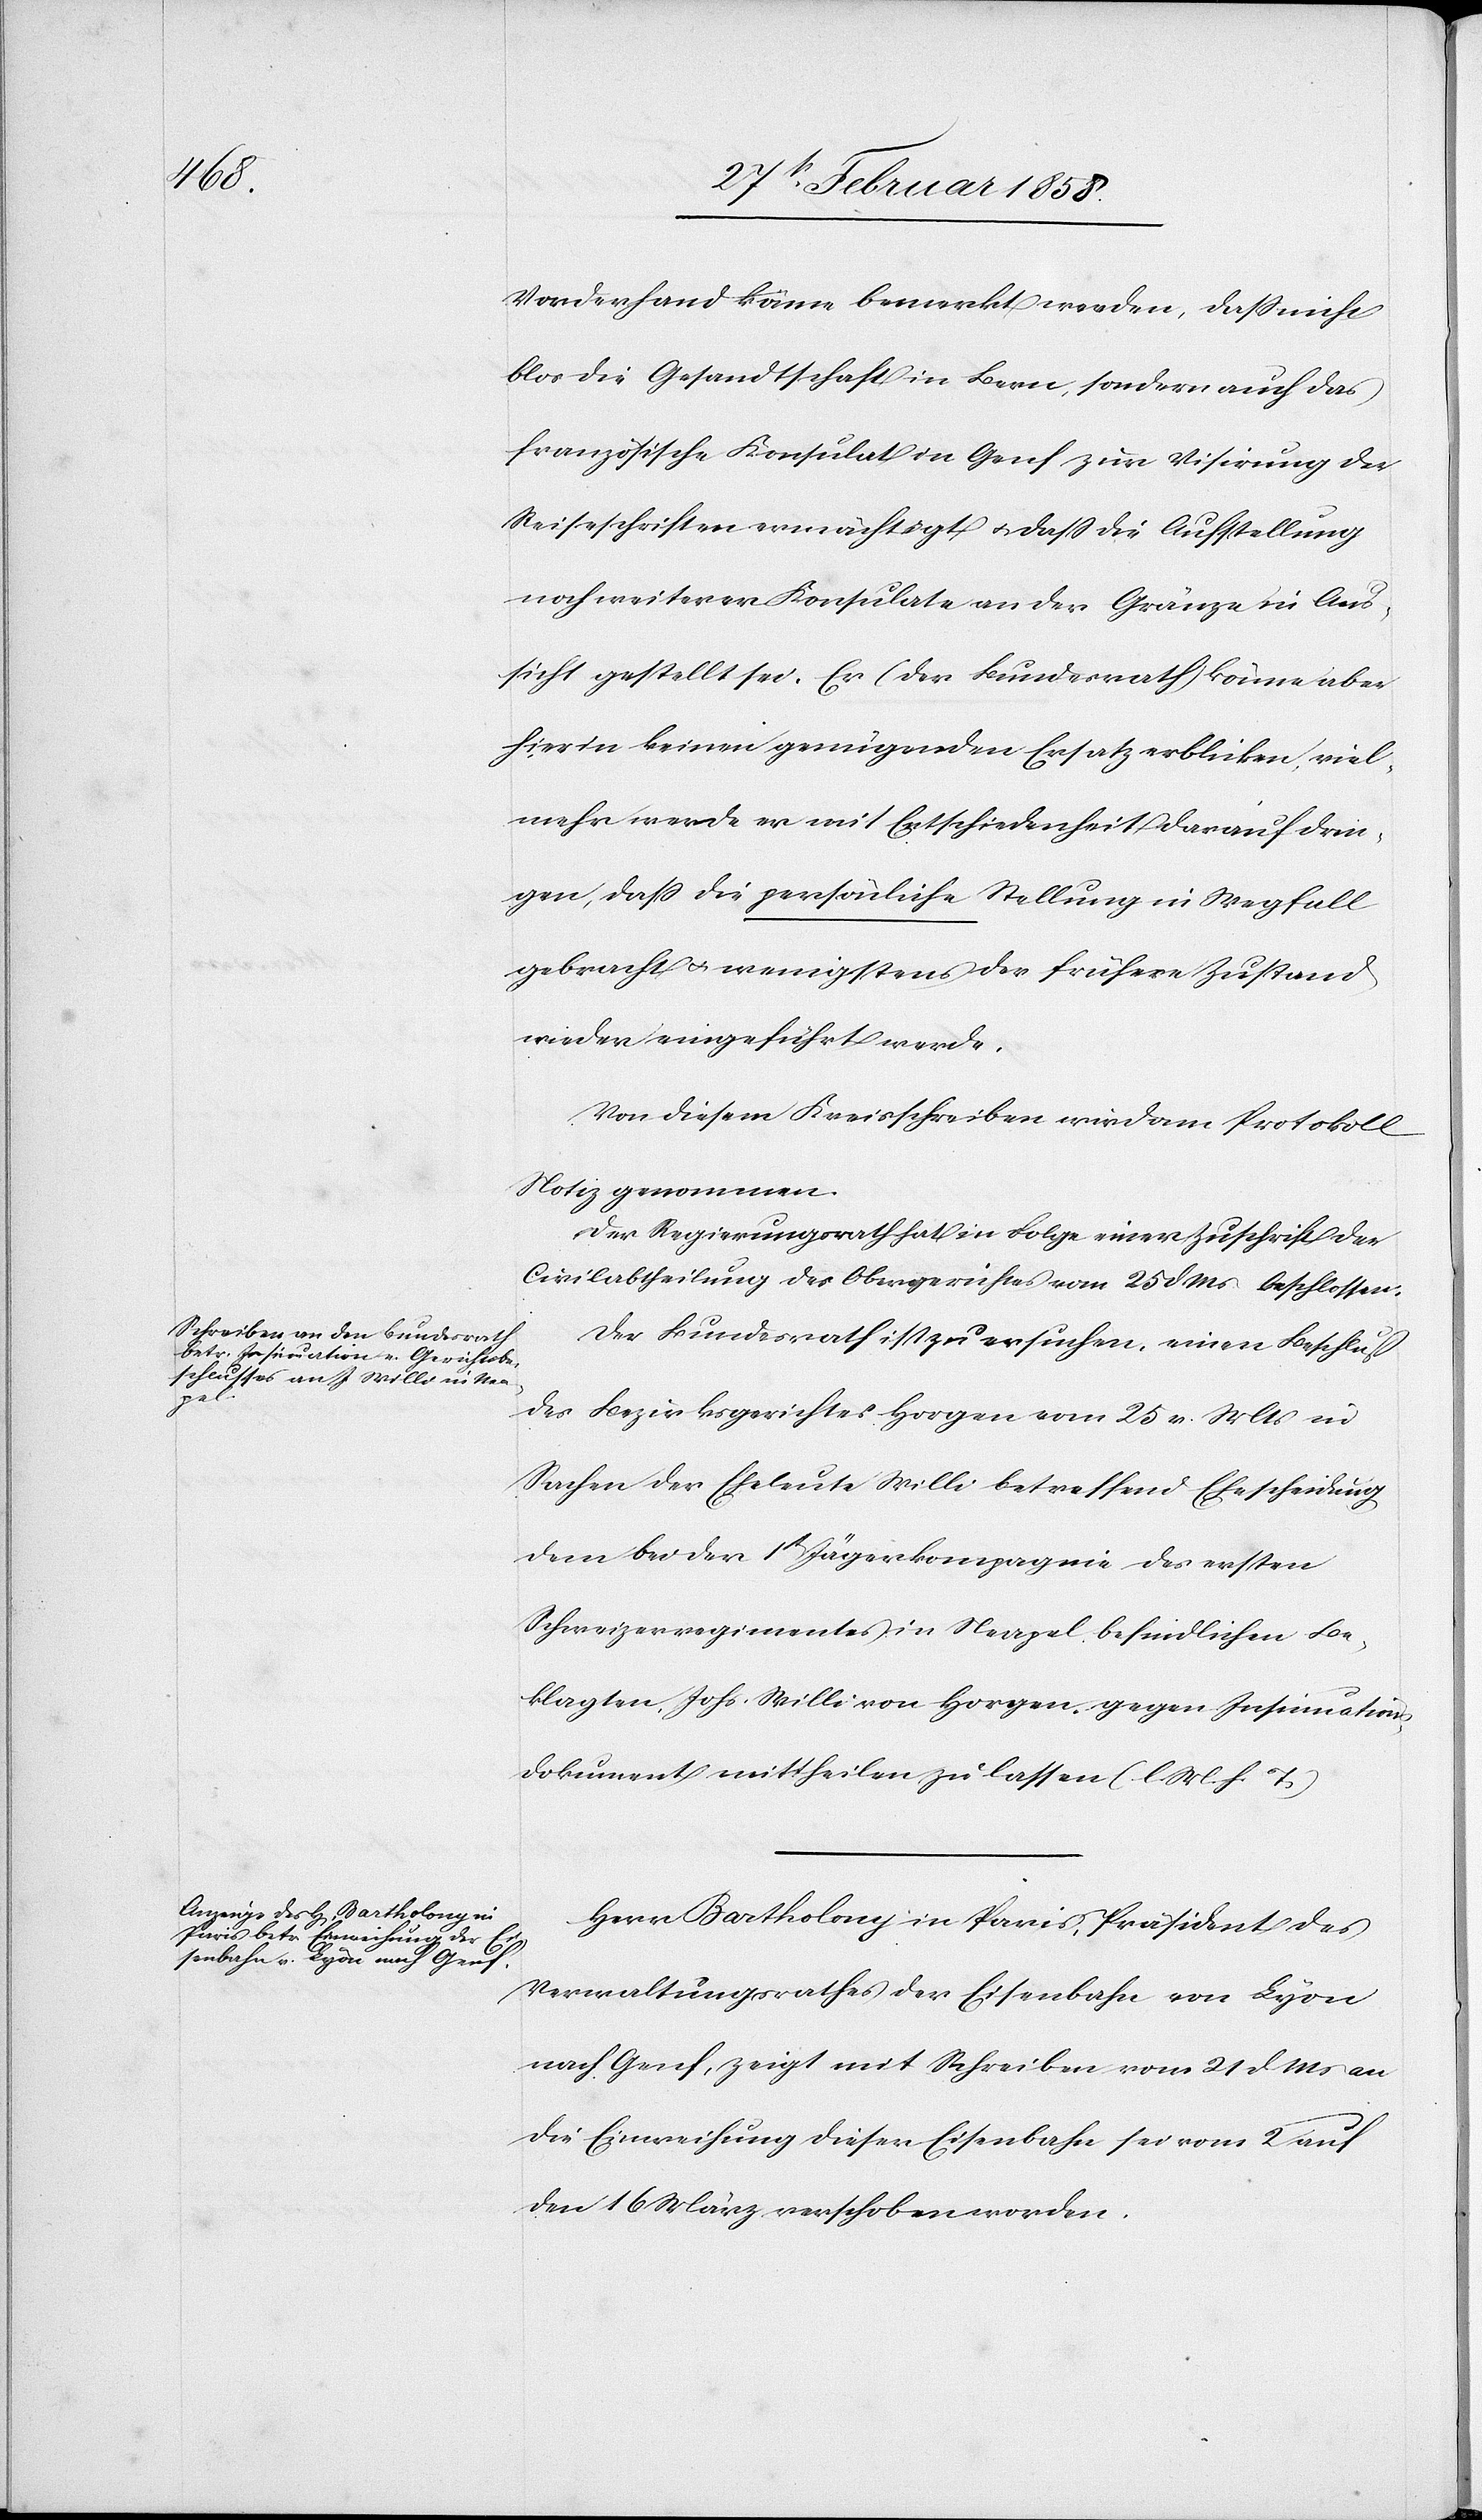
Vorderhand könne bemerkt werden, daß nicht
blos die Gesandtschaft in Bern, sondern auch das
französische Konsulat in Genf zur Visirung der
Reiseschriften ermächtigt u. daß die Aufstellung
noch weiterer Konsulate an der Gränze in Aus¬
sicht gestellt sei. Er (der Bundesrath) könne aber
hierin keinen genügenden Ersatz erblicken, viel¬
mehr werde er mit Entschiedenheit darauf drin¬
gen, daß die persönliche Stellung in Wegfall
gebracht u. wenigstens der frühere Zustand
wieder eingeführt werde.
Von diesem Kreisschreiben wird am Protokoll
Notiz genommen.
Der Regierungsrath hat in Folge einer Zuschrift der
Civilabtheilung des Obergerichtes vom 25 d Ms beschlossen:
Der Bundesrath ist zu ersuchen, einen Beschluß
des Bezirksgerichtes Horgen vom 25 v. Mts in
Sachen der Eheleute Willi betreffend Ehescheidung
dem bei der 1t Jägerkompagnie des ersten
Schweizerregimentes in Neapel befindlichen Be¬
klagten, Johs. Willi von Horgen gegen Insinuations¬
dokument mittheilen zu lassen (l. M. h. T.)
Herr Bartholony in Paris, Präsident des
Verwaltungsrathes der Eisenbahn von Lyon
nach Genf, zeigt mit Schreiben vom 21 d Ms an:
Die Einweihung dieser Eisenbahn sei vom 2 auf
den 16 März verschoben worden.